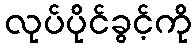
လုပ်ပိုင်ခွင့်ကို